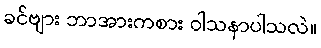
ခင်ဗျား ဘာအားကစား ဝါသနာပါသလဲ။